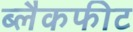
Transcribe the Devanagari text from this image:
ब्लैकफीट